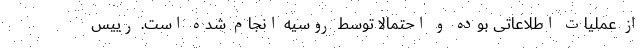
از عملیات اطلاعاتی بوده و احتمالاً توسط روسیه انجام شده است. رییس